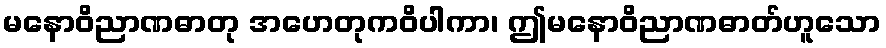
မနောဝိညာဏဓာတု အဟေတုကဝိပါကာ၊ ဤမနောဝိညာဏဓာတ်ဟူသော